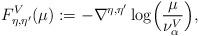
LaTeX: \begin{align*} F^V_{\eta,\eta'}(\mu):=-\nabla^{\eta,\eta'}\log\Bigl(\frac{\mu}{\nu_\alpha^V}\Bigr),\end{align*}